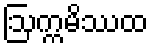
ဩက္ကမိဿထ